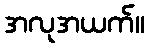
အလုအယက်။